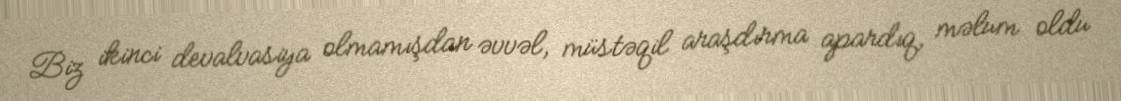
Biz ikinci devalvasiya olmamışdan əvvəl, müstəqil araşdırma apardıq, məlum oldu